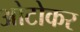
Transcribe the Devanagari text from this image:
ओटोकर